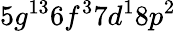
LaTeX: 5g^{13}6f^{3}7d^{1}8p^{2}